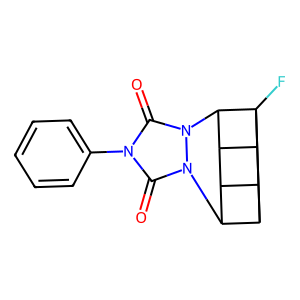
SMILES: O=c1n(-c2ccccc2)c(=O)n2n1C1C3C4C5C3C2C5(F)C41
Inhibits HIV replication: No